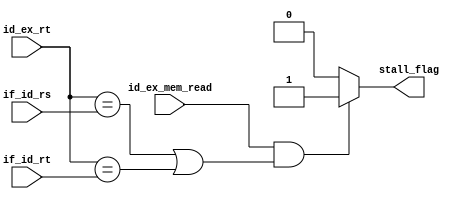
`timescale 1ns / 1ps
//////////////////////////////////////////////////////////////////////////////////
//	Alumnos:
//				 Ortmann, Nestor Javier
// 				 Trejo, Bruno Guillermo
// Year: 		 2019
// Module Name:  UNIDAD DE DETECCION DE RIESGOS
//////////////////////////////////////////////////////////////////////////////////

module HAZARD_DU #(
	parameter num_bits = 5
	)(
	input id_ex_mem_read,
	input [num_bits-1:0] id_ex_rt,
	input [num_bits-1:0] if_id_rs,
	input [num_bits-1:0] if_id_rt,

	output stall_flag
    );


	assign stall_flag = ( id_ex_mem_read == 1 & ( (id_ex_rt == if_id_rs) | (id_ex_rt == if_id_rt) ) ) ?
								1'b1 : 1'b0;
endmodule